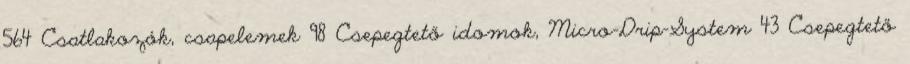
564 Csatlakozók, csapelemek 98 Csepegtető idomok, Micro-Drip-System 43 Csepegtető